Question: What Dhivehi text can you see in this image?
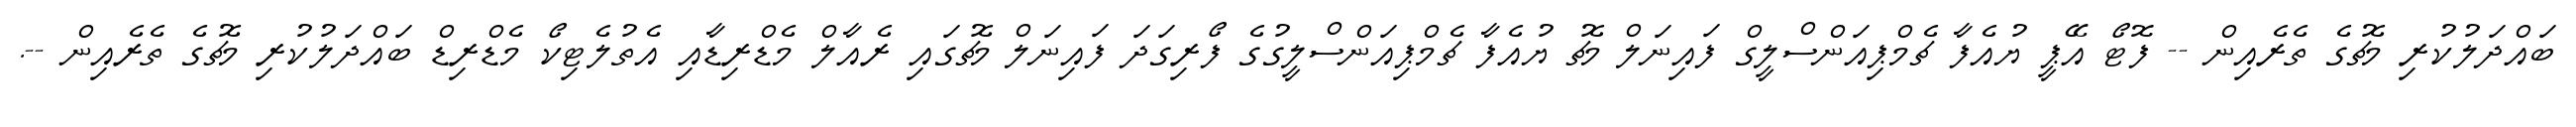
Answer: ބައްދަލުކުރި މެޗުގެ ތެރެއިން -- ފޮޓޯ އޭޕީ ޔުއެފާ ޗެމްޕިއަންސްލީގް ފައިނަލް މެޗު ޔުއެފާ ޗެމްޕިއަންސްލީގުގެ ފޯރިގަދަ ފައިނަލް މެޗުގައި ރެއާލް މެޑްރިޑާއި އެތުލެޓިކޯ މެޑްރިޑް ބައްދަލުކުރި މެޗުގެ ތެރެއިން --.